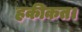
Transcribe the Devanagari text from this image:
हकीकत।